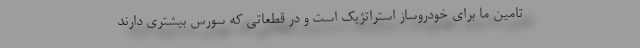
تامین ما برای خودروساز استراتژیک است و در قطعاتی که سورس بیشتری دارند